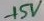
Text: +5V